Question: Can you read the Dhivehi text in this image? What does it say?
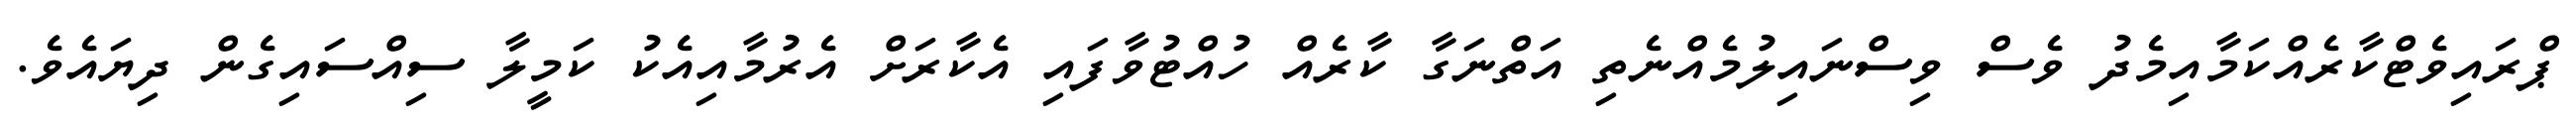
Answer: ޕްރައިވެޓްކާރެއްކަމާއިމެދު ވެސް ވިސްނައިލުމެއްނެތި އަތްނަގާ ކާރެއް ހުއްޓުވާފައި އެކާރަށް އެރުމާއިއެކު ކަމީލާ ސިއްސައިގެން ދިޔައެވެ.